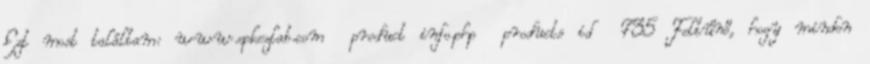
Ezt most találtam: www.epkezlab.com product info.php products id 735 Feltűnő, hogy minden